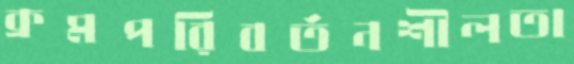
ক্রমপরিবর্তনশীলতা